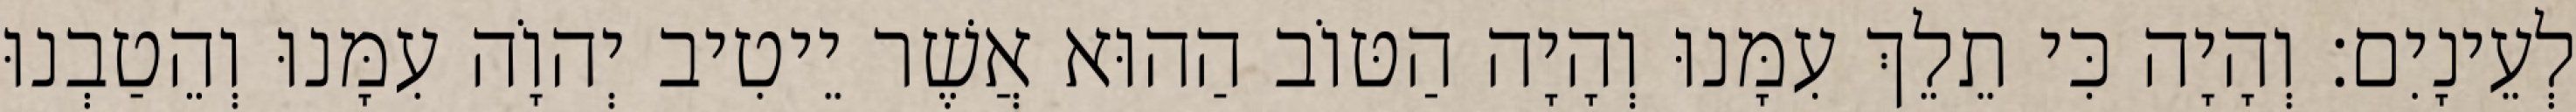
לְעֵינָיִם׃ וְהָיָה כִּי תֵלֵךְ עִמָּנוּ וְהָיָה הַטּוֹב הַהוּא אֲשֶׁר יֵיטִיב יְהוָֹה עִמָּנוּ וְהֵטַבְנוּ